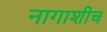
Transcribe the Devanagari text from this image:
नागाशीच